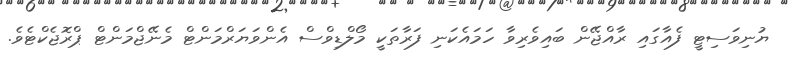
ޔުނިވަސިޓީ ފެއާގައި ރާއްޖޭން ބައިވެރިވާ ހަމައެކަނި ފަރާތަކީ މޯލްޑިވްސް އެންވަޔަރްމަންޓް މެނޭޖްމަންޓް ޕްރޮޖެކްޓެވެ.